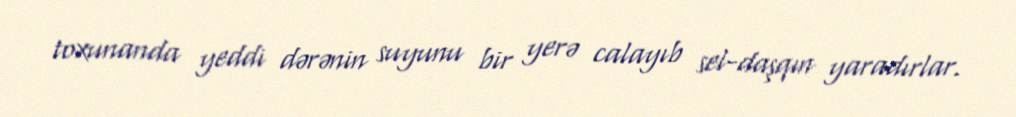
toxunanda yeddi dərənin suyunu bir yerə calayıb sel-daşqın yaradırlar.